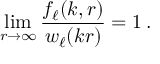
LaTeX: \operatorname * { l i m } _ { r \to \infty } \frac { f _ { \ell } ( k , r ) } { w _ { \ell } ( k r ) } = 1 \, .